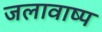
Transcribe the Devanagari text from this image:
जलावाष्प